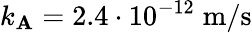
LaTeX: k_{\mathbf{A}}=2.4\cdot10^{-12}\; \mathrm{{m}}/\mathrm{{s}}